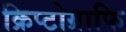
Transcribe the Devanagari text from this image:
क्रिप्टोग्राफि